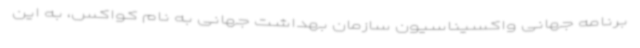
برنامه جهانی واکسیناسیون سازمان بهداشت جهانی به نام کواکس، به این